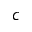
c